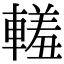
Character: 䡭